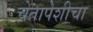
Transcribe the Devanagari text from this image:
चेतापेशीचा